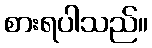
စားရပါသည်။